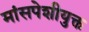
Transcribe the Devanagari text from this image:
मांसपेशीयुक्त